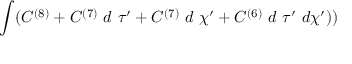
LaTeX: \int ( C ^ { ( 8 ) } + C ^ { ( 7 ) } ~ d ~ \tau ^ { \prime } + C ^ { ( 7 ) } ~ d ~ \chi ^ { \prime } + C ^ { ( 6 ) } ~ d ~ \tau ^ { \prime } ~ d \chi ^ { \prime } ) )